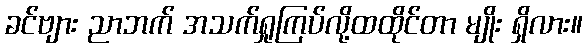
ခင်ဗျား ညာဘက် အသက်ရှုကြပ်လို့ထထိုင်တာ မျိုး ရှိလား။